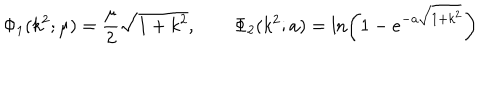
\Phi _ { 1 } ( k ^ { 2 } ; \mu ) = \frac { \mu } { 2 } \sqrt { 1 + k ^ { 2 } } , \qquad \Phi _ { 2 } ( k ^ { 2 } ; a ) = \ln \left( 1 - e ^ { - a \sqrt { 1 + k ^ { 2 } } } \right)